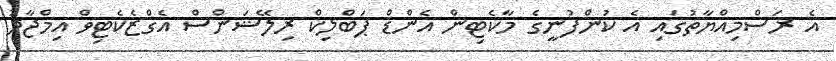
އެ ރަސްމިއްޔާތުގައި އެ ކުންފުނީގެ މާކެޓިން އެންޑް ޕަބްލިކް ރިލޭޝަންސް އެގްޒެކެޓިވް އިމްޖާދު